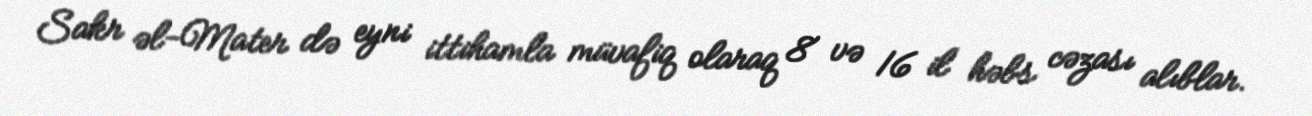
Sakr əl-Mater də eyni ittihamla müvafiq olaraq 8 və 16 il həbs cəzası alıblar.